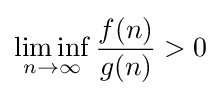
\liminf _{n\to \infty }{\frac {f(n)}{g(n)}}>0